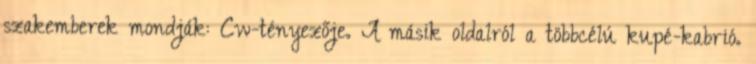
szakemberek mondják: Cw-tényezője. A másik oldalról a többcélú kupé-kabrió.